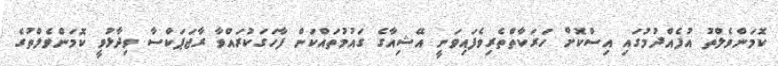
ކޮމަންވެލްތު އުފެއްދުމުގައި އިސްކޮށް ހަރަކާތްތެރިވެފައިވަނީ އޭޝިއާގެ ގައުމުތައްކަން ފާހަގަކުރައްވާ ރާޖަޕަކްސާ ވިދާޅުވީ ކޮމަންވެލްތުގެ